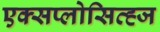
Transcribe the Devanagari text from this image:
एक्सप्लोसिव्ह्ज